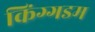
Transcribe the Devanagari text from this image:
किंग्गडम